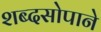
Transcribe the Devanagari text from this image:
शब्दसोपाने